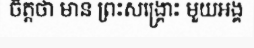
ចិត្តថា មាន ព្រះសង្គ្រោះ មួយអង្គ